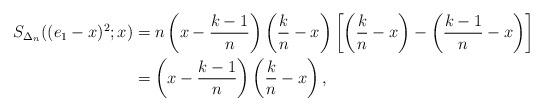
LaTeX: \begin{align*}S_{\Delta_n}((e_1-x)^2;x)&=n\left(x-\frac{k-1}{n}\right)\left(\frac{k}{n}-x\right)\left[\left(\frac{k}{n}-x\right)-\left(\frac{k-1}{n}-x\right)\right]\\&=\left(x-\frac{k-1}{n}\right)\left(\frac{k}{n}-x\right),\end{align*}